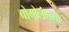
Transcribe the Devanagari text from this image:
चोमोलंगमा